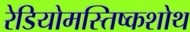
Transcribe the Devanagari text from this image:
रेडियोमस्तिष्कशोथ